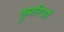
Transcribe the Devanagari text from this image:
ठुमरियां